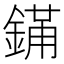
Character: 𬫮